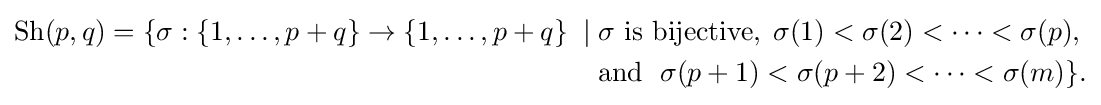
{\begin{aligned}\operatorname {Sh} (p,q)=\{\sigma :\{1,\dots ,p+q\}\to \{1,\dots ,p+q\}\;\mid \;&\sigma {\text{ is bijective}},\;\sigma (1)<\sigma (2)<\cdots <\sigma (p),\\&{\text{and }}\;\sigma (p+1)<\sigma (p+2)<\cdots <\sigma (m)\}.\end{aligned}}